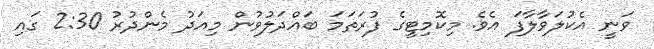
ވަނީ އެކުލަވާލާފަ އެވެ. މިކޮމިޓީގެ ފުރަތަމަ ބައްދަލުވުން މިއަދު މެންދުރު 2:30 ގައި